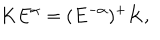
K E ^ { \alpha } = ( E ^ { - \alpha } ) ^ { + } K ,